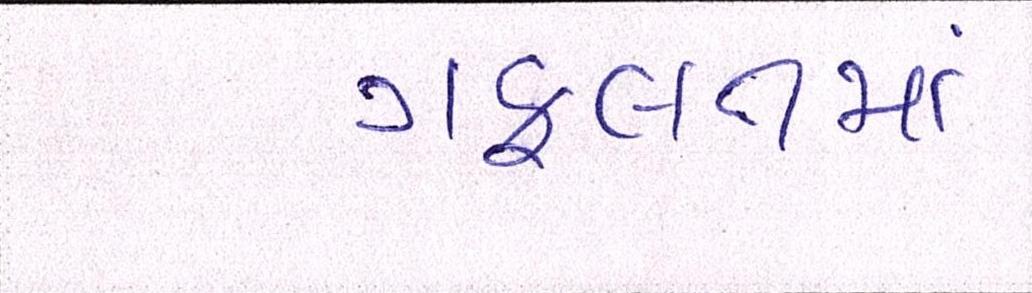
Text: ગફલતમાં